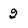
Character: 2